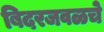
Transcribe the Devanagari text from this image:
बिदरजवळचे